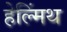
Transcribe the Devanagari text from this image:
हेल्मिंथ